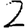
Digit: 2